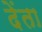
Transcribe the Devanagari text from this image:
देंता